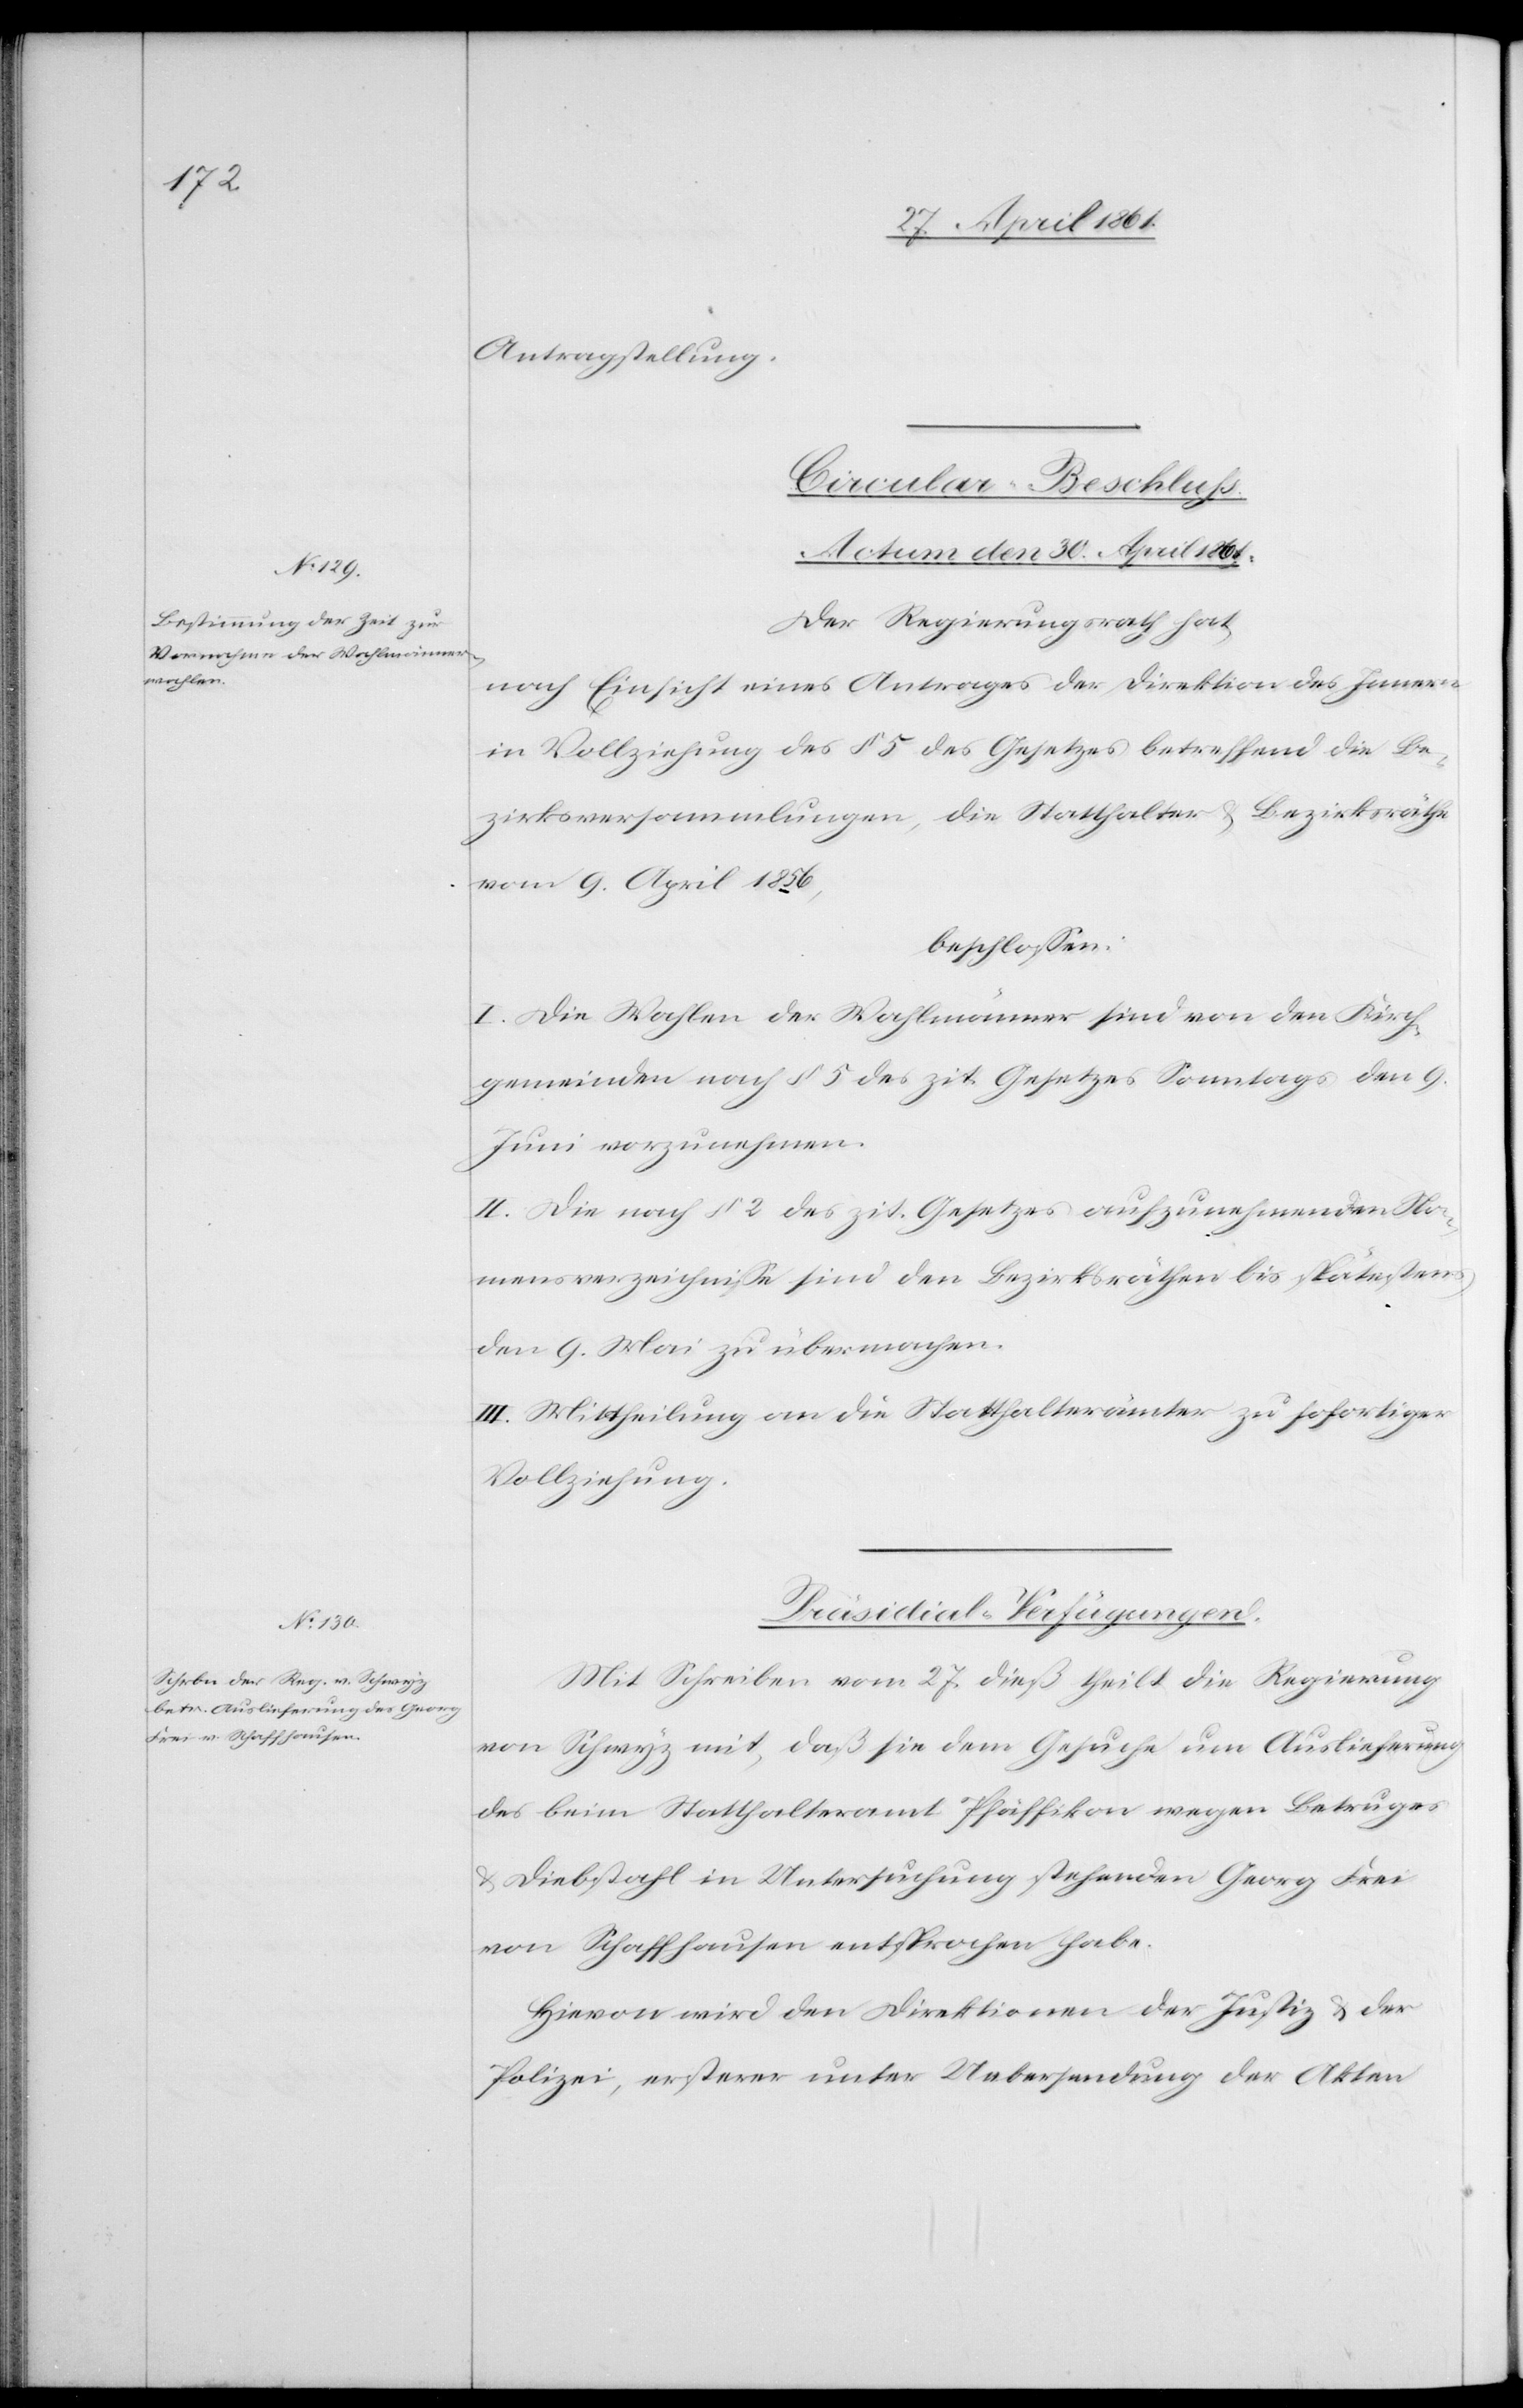
Antragstellung.
Circular-Beschluss.
[Actum den 30. April 1861.]
Der Regierungsrath hat
nach Einsicht eines Antrages der Direktion des Innern
in Vollziehung des § 5 des Gesetzes betreffend die Be¬
zirksversammlungen, die Statthalter u. Bezirksräthe
vom 9. April 1856,
beschlossen:
I. Die Wahlen der Wahlmänner sind von den Kirch¬
gemeinden nach § 5 des zit. Gesetzes Sonntags den 9.
Juni vorzunehmen.
II. Die nach § 2 des zit. Gesetzes aufzunehmenden Na¬
mensverzeichnisse sind den Bezirksräthen bis spätestens
den 9. Mai zu übermachen.
III. Mittheilung an die Statthalterämter zu sofortiger
Vollziehung.
Präsidial-Verfügungen.
Mit Schreiben vom 27. dieß theilt die Regierung
von Schwyz mit, daß sie mit dem Gesuche um Auslieferung
des beim Statthalteramt Pfäffikon wegen Betruges
u. Diebstahl in Untersuchung stehenden Georg Frei
von Schaffhausen entsprochen habe.
Hievon wird den Direktionen der Justiz u. der
Polizei, ersterer unter Uebersendung der Akten